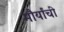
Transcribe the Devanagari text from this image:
मौर्यांची